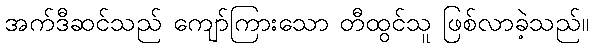
အက်ဒီဆင်သည် ကျော်ကြားသော တီထွင်သူ ဖြစ်လာခဲ့သည်။